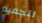
لتجميع